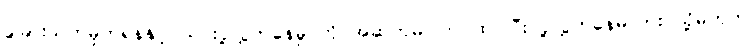
ခွဲခြားသတ်မှတ်ရန်နှင့် ယင်းပို့လွှတ်နေမှု ကို အဆက်မပြတ် ထပ်ပြီး ပို့လွှတ်နေမလား သို့မဟုတ်